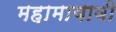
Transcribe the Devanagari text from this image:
महामायावी